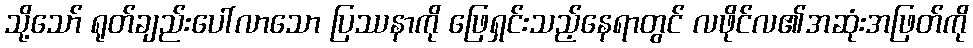
သို့သော် ရုတ်ချည်းပေါ်လာသော ပြဿနာကို ဖြေရှင်းသည့်နေရာတွင် လဖိုင်လ၏အဆုံးအဖြတ်ကို